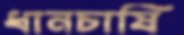
ধানচাষি